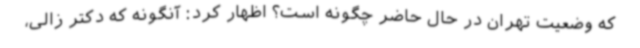
که وضعیت تهران در حال حاضر چگونه است؟ اظهار کرد: آنگونه که دکتر زالی،